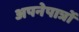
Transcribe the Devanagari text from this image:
अपनेपात्रों